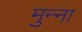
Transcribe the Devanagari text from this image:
मुन्‍ना